65_HS1-834228961_62-HQ-83894_Serial_153
Agency: FBI
Page 9
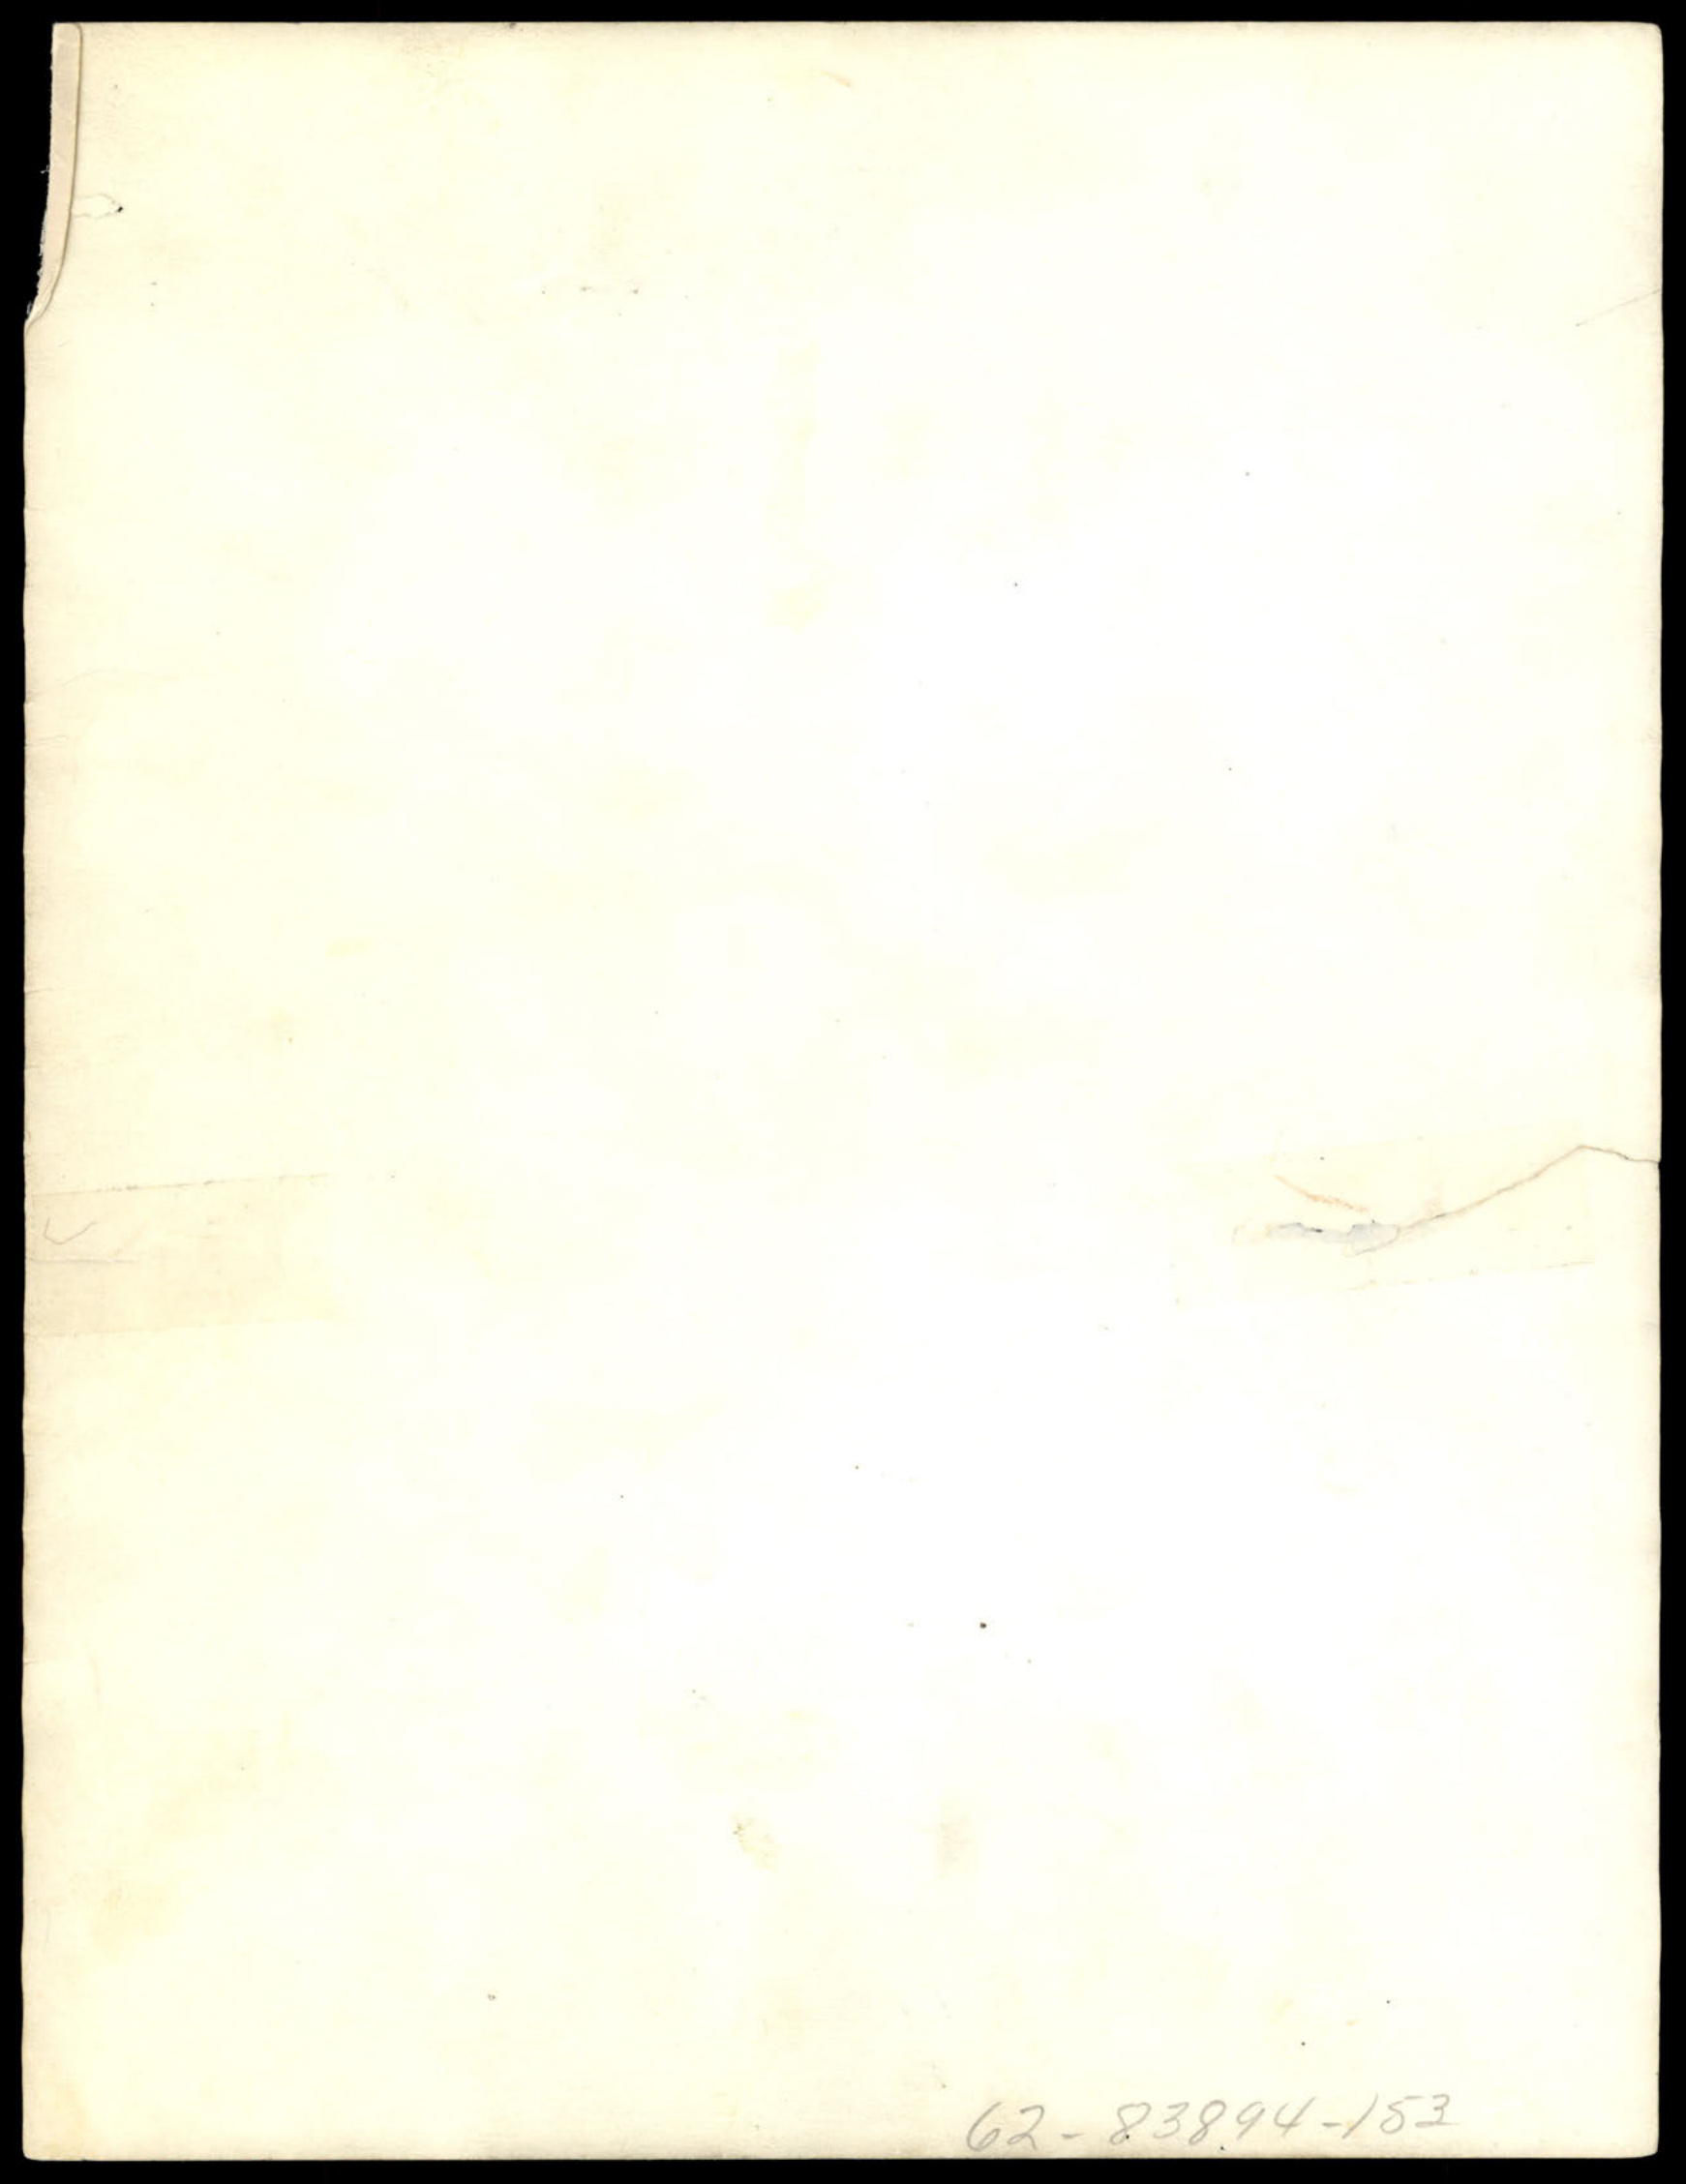